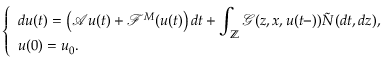
\left\{ \begin{array} { l l } { \displaystyle d u ( t ) = \left( \mathcal { A } u ( t ) + \mathcal { F } ^ { M } ( u ( t ) \right) d t + \int _ { \mathbb { Z } } \mathcal { G } ( z , x , u ( t - ) ) \tilde { N } ( d t , d z ) , } \\ { u ( 0 ) = u _ { 0 } . } \end{array} \right.